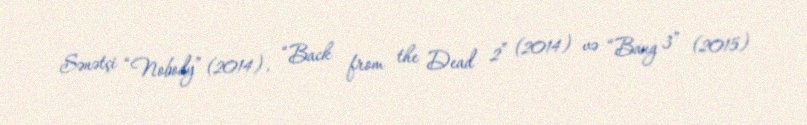
Sənətçi “Nobody” (2014), “Back from the Dead 2” (2014) və “Bang 3” (2015)